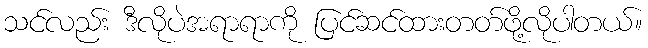
သင်လည်း ဒီလိုပဲအရာရာကို ပြင်ဆင်ထားတတ်ဖို့လိုပါတယ်။